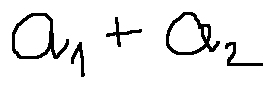
a _ { 1 } + a _ { 2 }